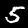
Digit: 5